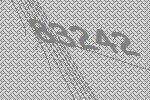
83242